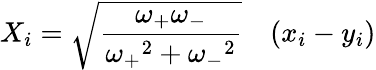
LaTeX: X_{i}={\sqrt{\frac{\omega_{+}\omega_{-}}{{\omega_{+}}^{2}+{\omega_{-}}^{2}}}}\quad(x_{i}-y_{i})